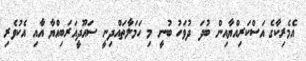
އެމެރިކާގެ އަސްކަރިއްޔާއިން ބުދަ ދުވަހު ބުނީ މި ހަމަލާތައްދިނީ ސައޫދީއަރަބިއްޔާ އާއި އެކުވެރި